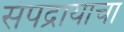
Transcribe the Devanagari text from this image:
संपद्रायाचा